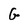
Character: G